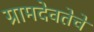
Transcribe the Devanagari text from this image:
ग्रामदेवतेचे